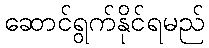
ဆောင်ရွက်နိုင်ရမည်